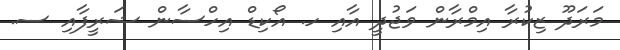
މަރަދޫ ޒިކުރާ އިމްރާން ވަޖުދީ އާއި ހ. އޯކިޑް އިހްސާން ޝަރީފާއި ސ.